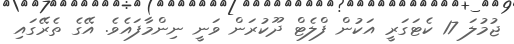
ޖުމުލަ 17 ކެޓަގަރީ އަކުން ފްލެޓް ދޫކުރަން ވަނީ ނިންމާފައެވެ. އޭގެ ތެރޭގައި